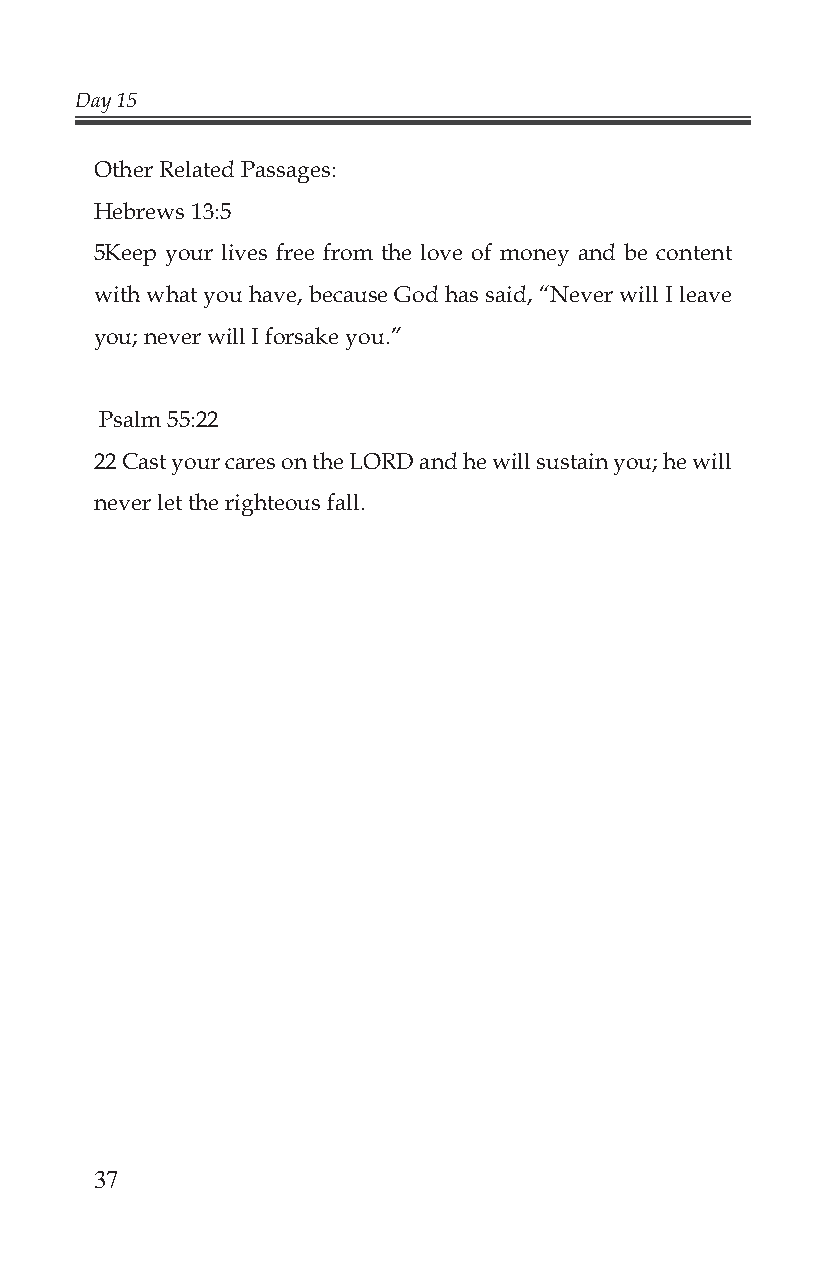
Day 15
 Other Related Passages:
 Hebrews 13:5
 5Keep your lives free from the love of money and be content
 with what you have, because God has said, “Never will I leave
 you; never will I forsake you.”
 Psalm 55:22
 22 Cast your cares on the LORD and he will sustain you; he will
 never let the righteous fall.
 37